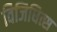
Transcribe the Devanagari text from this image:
विजिधित्स